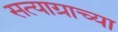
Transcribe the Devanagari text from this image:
सत्याग्राच्या